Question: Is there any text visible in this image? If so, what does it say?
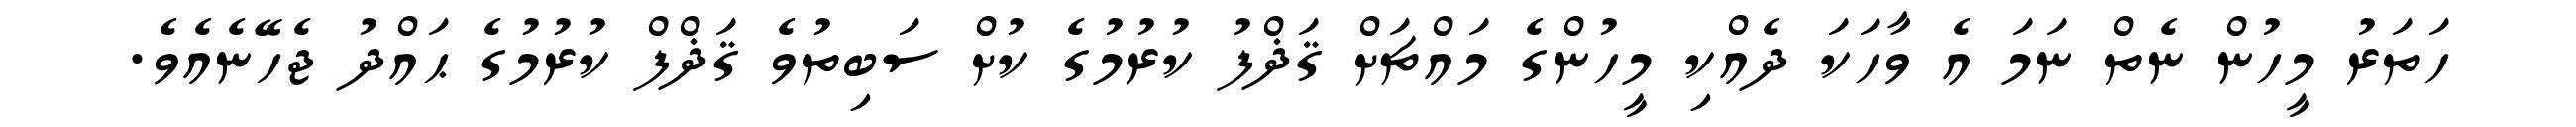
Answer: ހަތަރު މީހުން ނެތް ނަމަ އެ ވާހަކަ ދެއްކި މީހުންގެ މައްޗަށް ޤަޛްފު ކުރުމުގެ ކުށް ސަބިތުވެ ޤަޛްފް ކުރުމުގެ ޙައްދު ޖެހޭނެއެވެ.